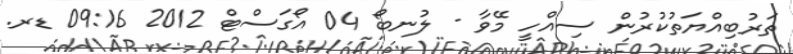
ތަރުބިއްޔަތުކުރުން ސިއްހީ މޭވާ - ލުނބޯ 04 އޯގަސްޓް 2012 09:16 ޑރ.